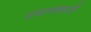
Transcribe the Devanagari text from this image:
प्रयाणकाले